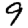
Digit: 9